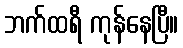
ဘက်ထရီ ကုန်နေပြီ။